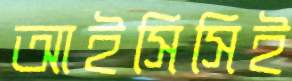
আইসিসিই